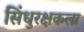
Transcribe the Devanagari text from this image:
सिंधुरक्षकला